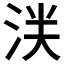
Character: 𬇥